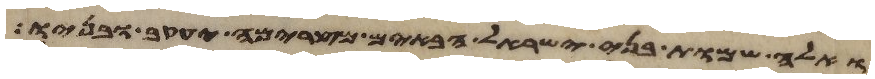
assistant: ואלה שמות בני ישראל הבאים מצרימה יעקב ובניו